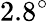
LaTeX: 2.8^{\circ}